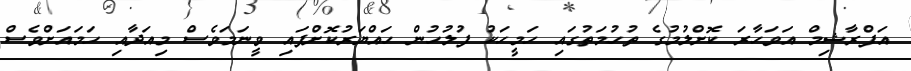
އަފްރާޝިމް އަވަހާރަ ކޮށްލުމުގެ ތުހުމަތުގައި ހަމީހަކު ފުލުހުން ހައްޔަރުކޮށްފައި ވީނަމަވެސް މިއަދާއި ހަމައަށްވެސް